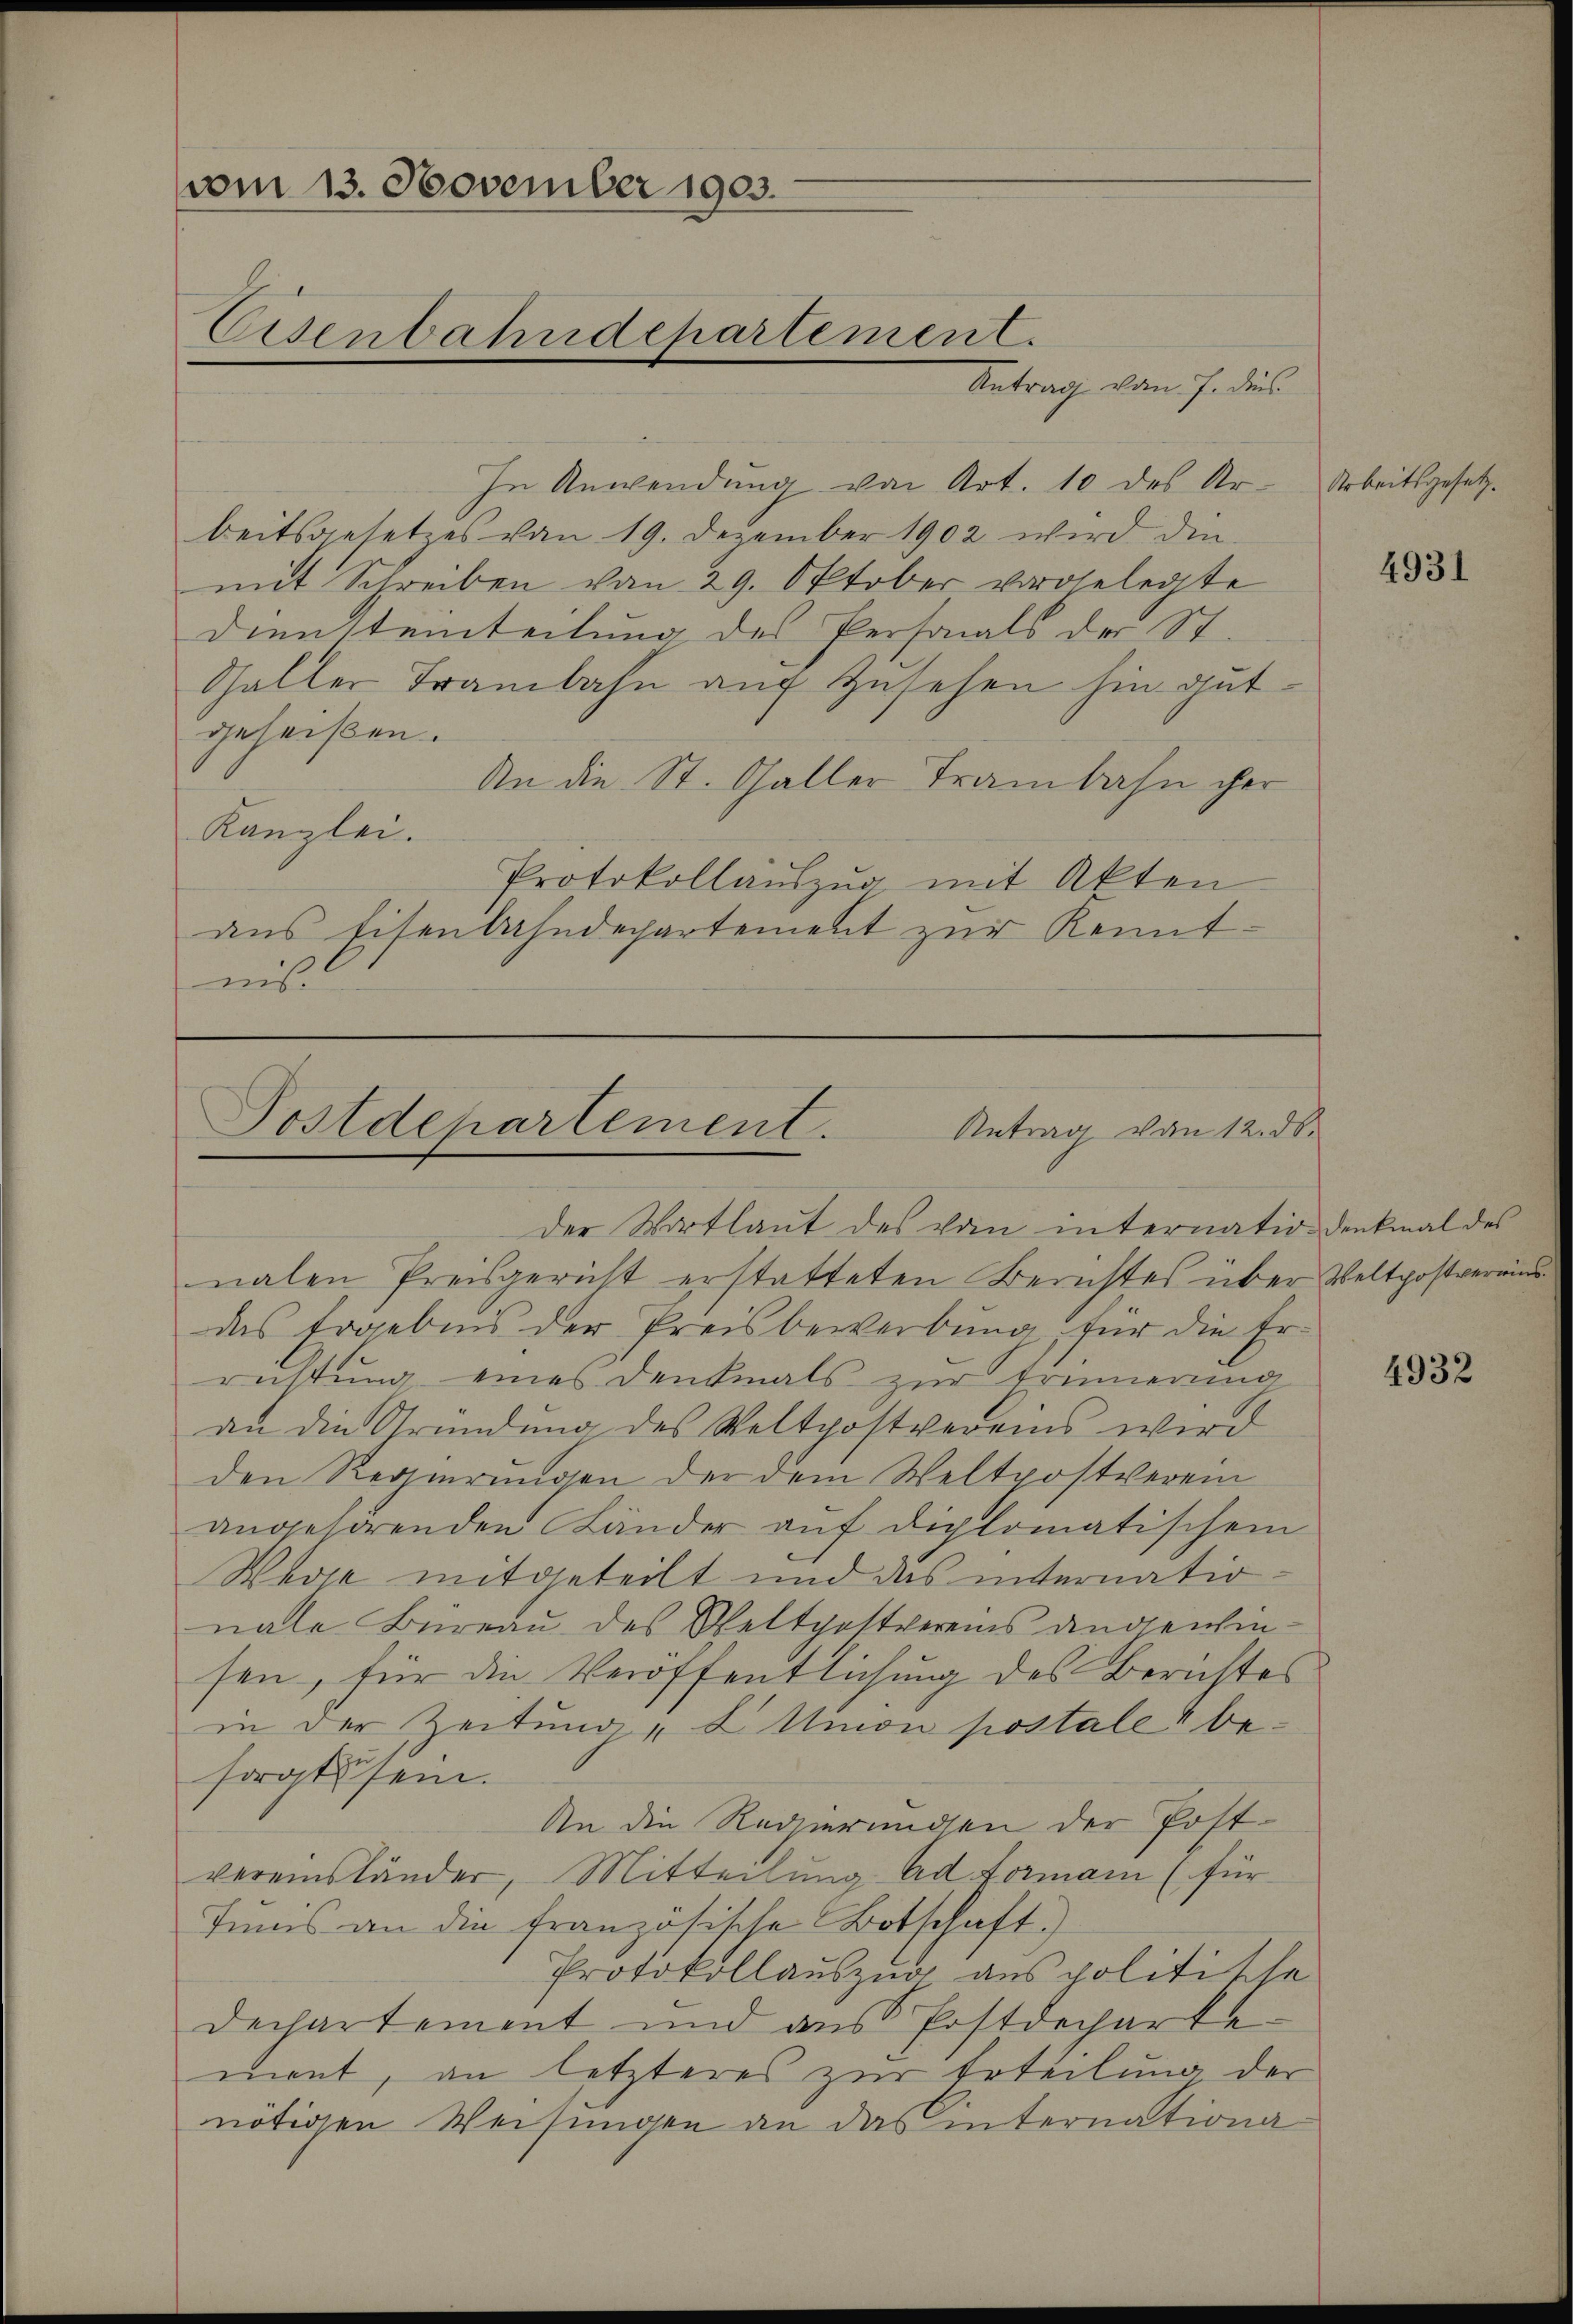
vom 13. November 1903.
Eisenbahndepartement.

Antrag vom 7. dies
In Anwendung von Art. 10 des Arbeitsgesetzes von 19. Dezember 1902 wird den
mit Schreiben von 29. Oktober vorgelegte
Diensteinteilung des Personals der St.
Shaller Trambahn auf Zusehen hin gutgeheißen.
An die St. Galler Trambahn her
Kanzlei.
Protokollaŭszŭg mit Akten
aus Eisenbahndepartement zur Kenntnis.

Postdepartement.
Antrag von 12. ds.

der Wortlaut des von internation denkmal des
nalen Preisgericht erstatteten Berichtes über Weltpostvereins
das Ergebnis der Preisbewerbung, für die Errichtung eines Denkmals zur Erinnerung
an die Gründung des Weltpostvereins wird
den Regierungen der dem Weltpostverein
angehörenden Länder auf diplomatischem
Wege mitgeteilt und das internationale Büreau des Weltgottvereins angewinsen, für die Veröffentlichung des Berichtes
in der Zeitung " 2 Minon postale besorgt sein.
An die Regierungen der Postvereinsländer, Mitteilung ad Formani (für
Imnis an die französische Botschaft)
Protokollauszug aus politische
Dechartement und aus Postdecharte
ment, an letzteres zur Erteilung der
nötigen Weisungen an das internationa

Arbeitsgesetz.

4931

4932